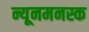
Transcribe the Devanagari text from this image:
न्यूनमनस्क